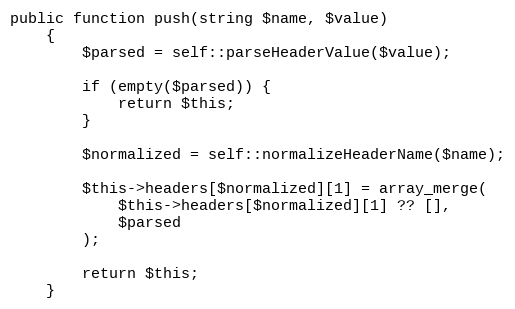
Language: PHP
public function push(string $name, $value)
	{
		$parsed = self::parseHeaderValue($value);

		if (empty($parsed)) {
			return $this;
		}

		$normalized = self::normalizeHeaderName($name);

		$this->headers[$normalized][1] = array_merge(
			$this->headers[$normalized][1] ?? [],
			$parsed
		);

		return $this;
	}